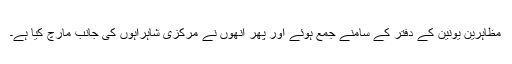
مظاہرین یونین کے دفتر کے سامنے جمع ہوئے اور پھر انھوں نے مرکزی شاہراہوں کی جانب مارچ کیا ہے۔